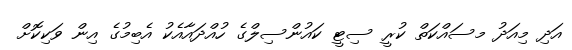
އަދި މިއަދު މސައްކަތް ކުރީ ސިޓީ ކައުންސިލްގެ ހުއްދައާއެކު އެބިމުގެ އިން ވަކިކޮށް